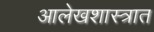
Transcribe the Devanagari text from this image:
आलेखशास्त्रात